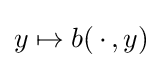
y\mapsto b(\,\cdot \,,y)